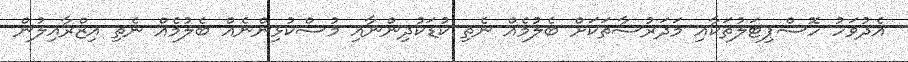
އެދުވަހު ހޮސްޕިޓަލުތަކާއި މަދަރުސާތަކަށް ބެލުމެއް ނެތި ކުޑަކުދިންނާއި މުސްކުޅިންނެއް ބެލުމެއް ނެތި އިޒްރާއިލުން